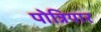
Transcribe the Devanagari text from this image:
पोन्नियार